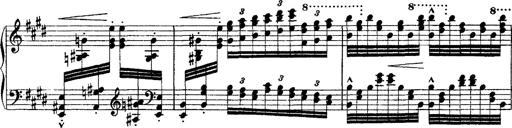
Title: Ã‰tudes d'exÃ©cution transcendante d'aprÃ¨s Paganini
Composer: Franz Liszt